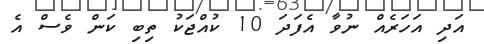
އަދި އަހަރެއް ނުވާ އެފަދަ 10 ކުއްޖަކު ތިބި ކަން ވެސް އެ